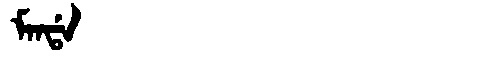
Manchu: ᠮᠠᠨᡩᠠ
Romanization: MANDA